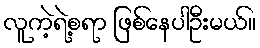
လူကဲ့ရဲ့စရာ ဖြစ်နေပါဦးမယ်။